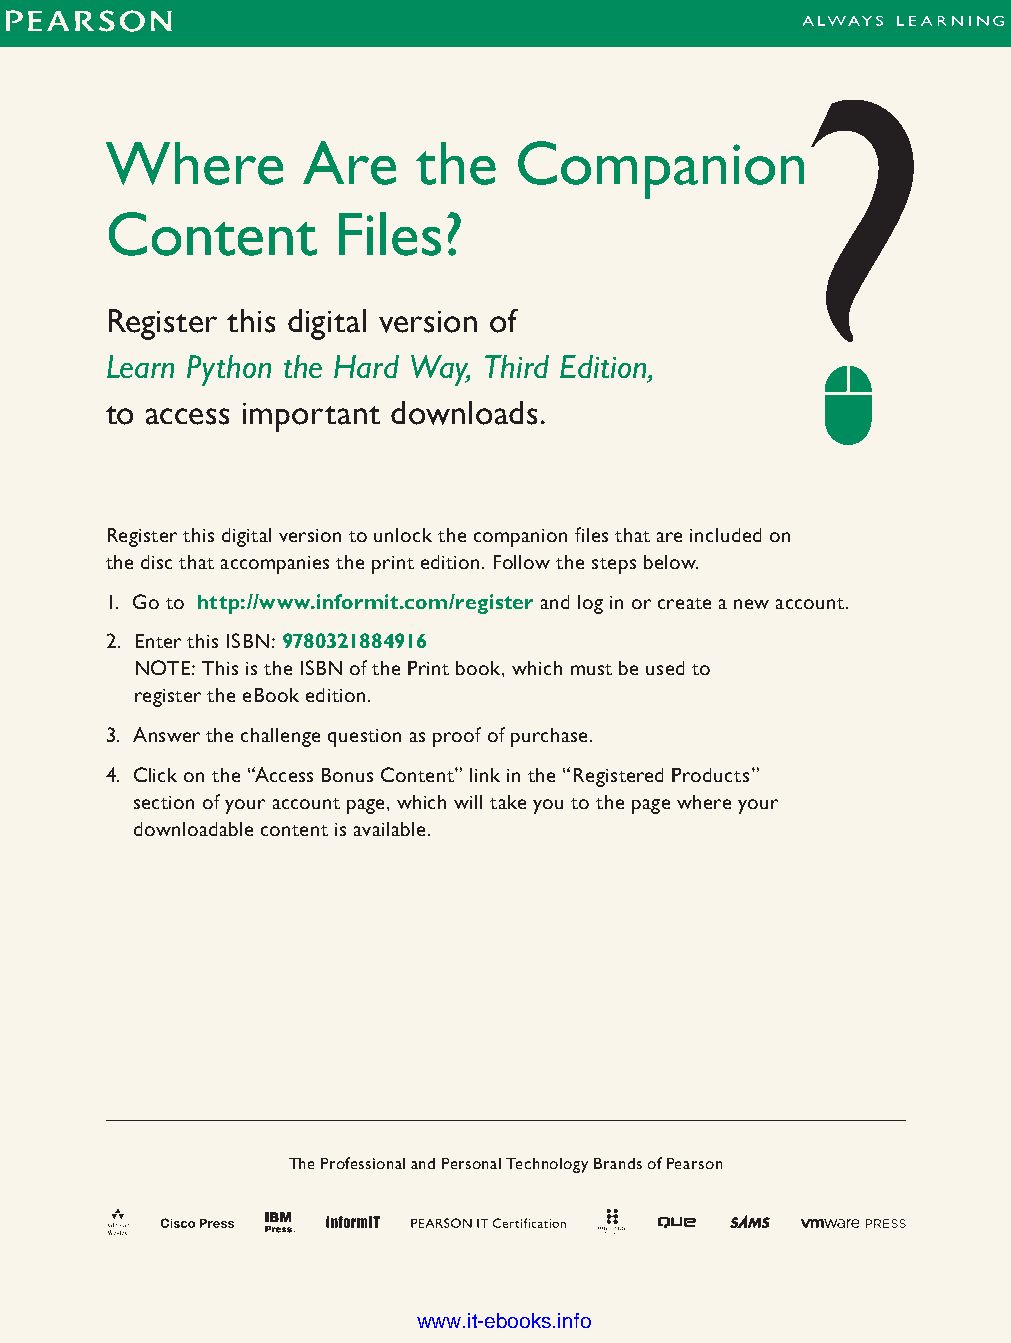
Where        Are     the   Companion
 Content        Files?
 Register this digital version of
 Learn Python the Hard Way, Third Edition,
 to access important downloads.
 Register this digital version to unlock the companion files that are included on
 the disc that accompanies the print edition. Follow the steps below.
 1. Go to http://www.informit.com/regis ter and log in or create a new account.
 2. Enter this ISBN: 9780321884916
 ptg11539604
 NOTE: This is the ISBN of the Print book, which must be used to
 register the eBook edition.
 3. Answer the challenge question as proof of purchase.
 4. Click on the “Access Bonus Content” link in the “Registered Products”
 section of your account page, which will take you to the page where your
 downloadable content is available.
 The Professional and Personal Technology Brands of Pearson
 www.it-ebooks.info